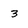
Character: 3